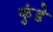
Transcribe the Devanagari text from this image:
कुंडेे